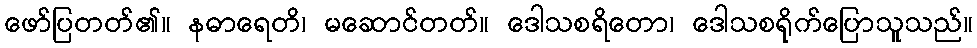
ဖော်ပြတတ်၏။ နဓာရေတိ၊ မဆောင်တတ်။ ဒေါသစရိတော၊ ဒေါသစရိုက်ပြောသူသည်။